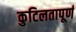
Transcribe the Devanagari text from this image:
कुटिलतापूर्ण